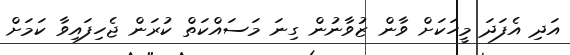
އަދި އެފަދަ މީހަކަށް ވާން ޒުވާނުން ގިނަ މަސައްކަތް ކުރަން ޖެހިފައިވާ ކަމަށް